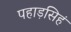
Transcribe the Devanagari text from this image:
पहाड़सिहं